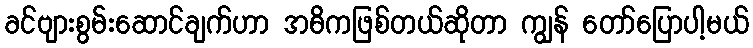
ခင်ဗျားစွမ်းဆောင်ချက်ဟာ အဓိကဖြစ်တယ်ဆိုတာ ကျွန် တော်ပြောပါ့မယ်